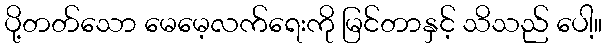
ပို့တတ်သော မေမေ့လက်ရေးကို မြင်တာနှင့် သိသည် ပေါ့။